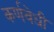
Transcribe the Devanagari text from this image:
कर्णवेधी